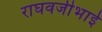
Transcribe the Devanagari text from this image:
राघवजीभाई